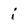
Character: i